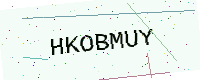
Text: HKOBMUY